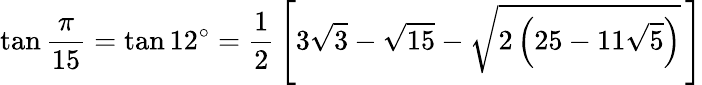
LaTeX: \tan{\frac{\pi}{15}}=\tan 12^{\circ}={\frac{1}{2}}\left[3{\sqrt{3}}-{\sqrt{15}}-{\sqrt{2\left(25-11{\sqrt{5}}\right)}}\, \right]